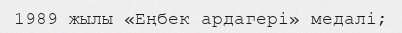
1989 жылы «Еңбек ардагері» медалі;